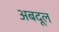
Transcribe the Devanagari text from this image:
अबदूल